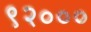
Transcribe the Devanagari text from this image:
९२०००